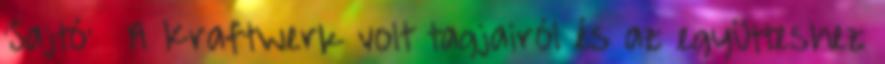
'Sajtó' » A Kraftwerk volt tagjairól és az együtteshez